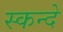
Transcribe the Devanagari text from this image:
स्कन्दे